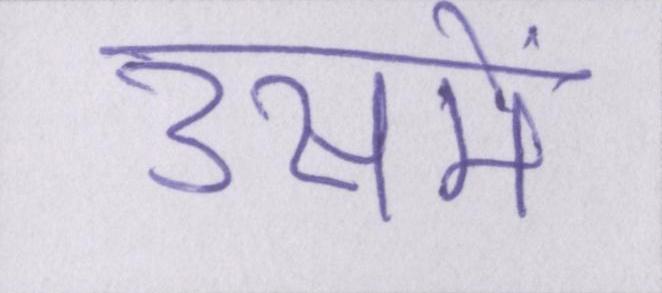
उसमें